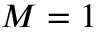
M = 1